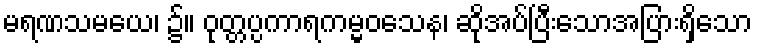
မရဏသမယေ၊ ၌။ ဝုတ္တပ္ပကာရကမ္မဝသေန၊ ဆိုအပ်ပြီးသောအပြားရှိသော